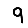
Digit: 9